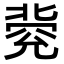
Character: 𠤥